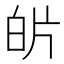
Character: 𭽌